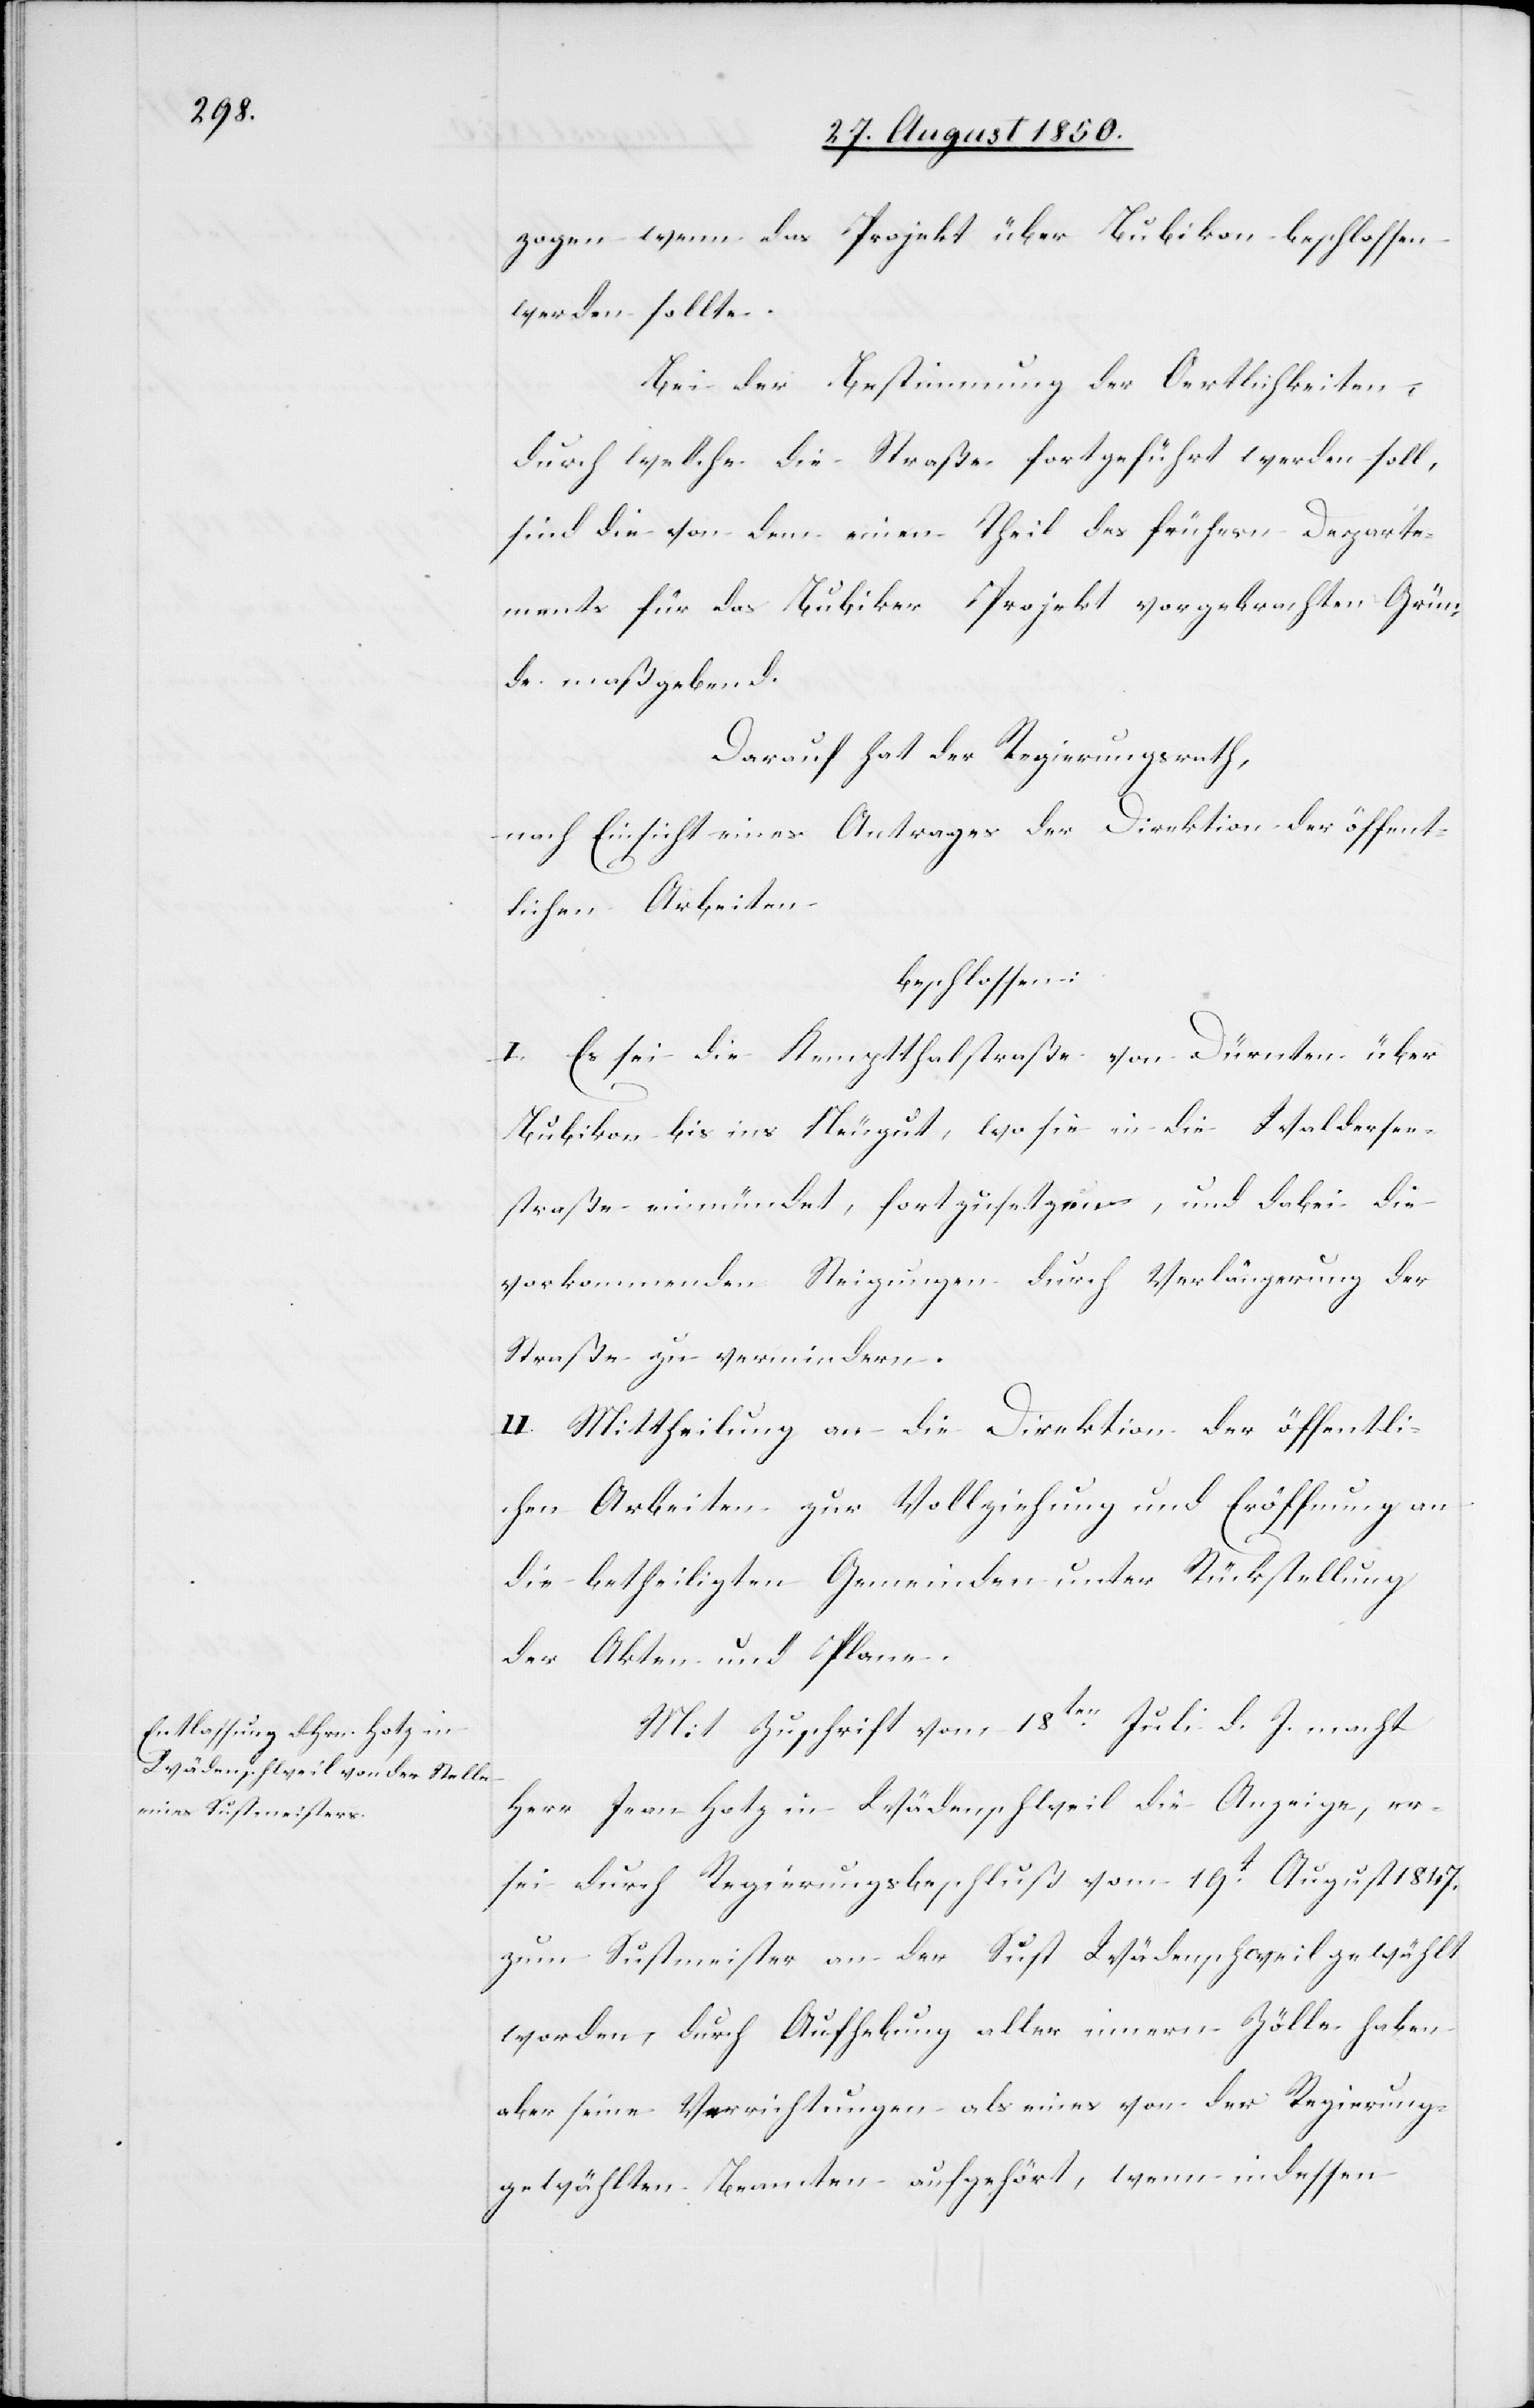
zogen wenn das Projekt über Bubikon beschlossen
werden sollte.
Bei der Bestimmung der Oertlichkeiten,
durch welche die Straße fortgeführt werden soll,
sind die von dem einen Theil des frühern Departe¬
ments für das Bubiker Projekt vorgebrachten Grün¬
de maßgebend.
Darauf hat der Regierungsrath,
nach Einsicht eines Antrages der Direktion der öffent¬
lichen Arbeiten
beschlossen:
I. Es sei die Kemptthalstraße von Dürnten über
Bubikon bis ins Neugut, wo sie in die Waldersee¬
straße einmündet, fortzusetzen, und dabei die
vorkommenden Steigungen durch Verlängerung der
Straße zu vermindern.
II. Mittheilung an die Direktion der öffentli¬
chen Arbeiten zur Vollziehung und Eröffnung an
die betheiligten Gemeinden unter Rückstellung
der Akten und Plane.
Mit Zuschrift vom 18ten Juli d. J. macht
Herr Jean Hotz in Wädenschweil die Anzeige, er
sei durch Regierungsbeschluß vom 19t August 1847.
zum Sustmeister an der Sust Wädenschweil gewählt
worden, durch Aufhebung aller innern Zölle haben
aber seine Verrichtungen als eines von der Regierung
gewählten Beamten aufgehört, wenn indessen